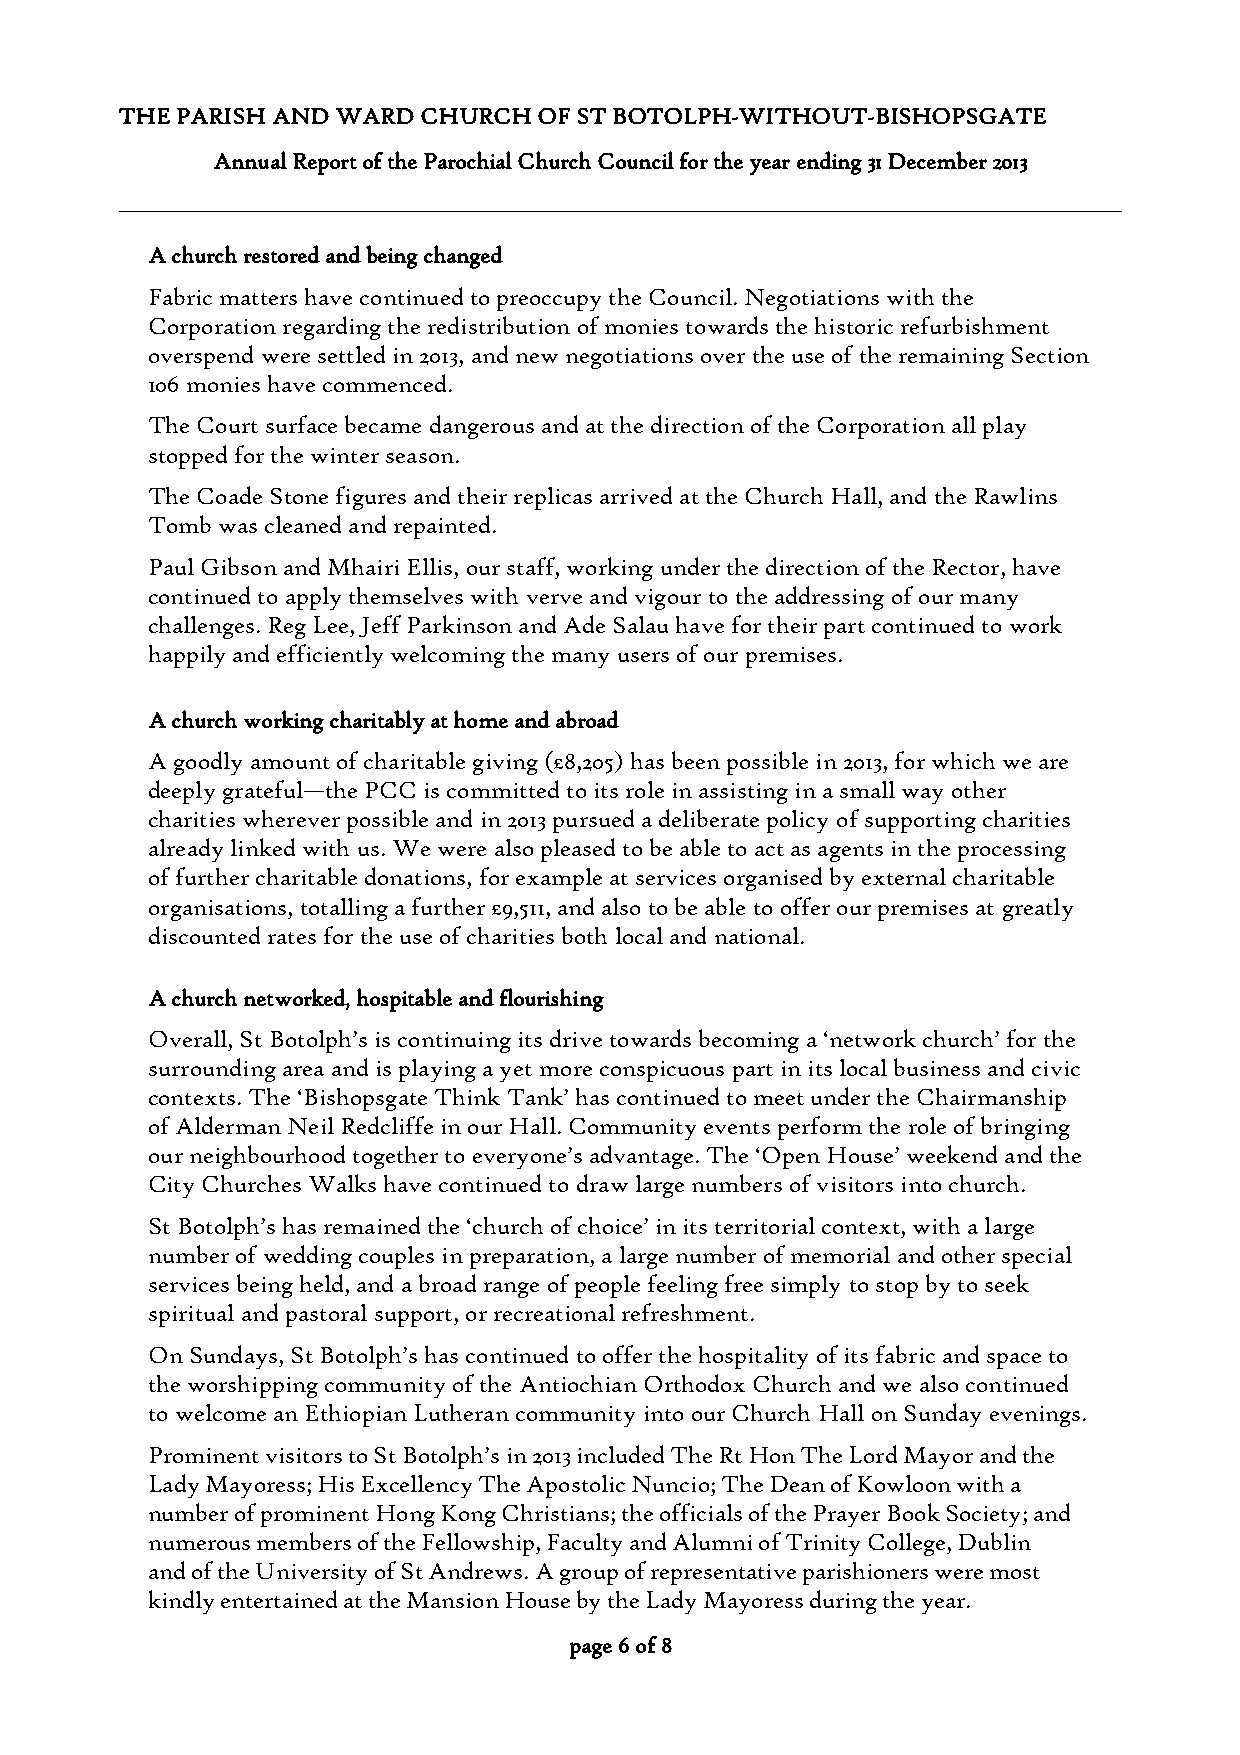
THE PARISH AND WARD CHURCH  OF ST BOTOLPH-WITHOUT-BISHOPSGATE
 Annual Report of the Parochial Church Council for the year ending 31 December 2013
 A church restored and being changed
 Fabric matters have continued to preoccupy the Council. Negotiations with the
 Corporation regarding the redistribution of monies towards the historic refurbishment
 overspend were settled in 2013, and new negotiations over the use of the remaining Section
 106 monies have commenced.
 The Court surface became dangerous and at the direction of the Corporation all play
 stopped for the winter season.
 The Coade Stone figures and their replicas arrived at the Church Hall, and the Rawlins
 Tomb was cleaned and repainted.
 Paul Gibson and Mhairi Ellis, our staff, working under the direction of the Rector, have
 continued to apply themselves with verve and vigour to the addressing of our many
 challenges. Reg Lee, Jeff Parkinson and Ade Salau have for their part continued to work
 happily and efficiently welcoming the many users of our premises.
 A church working charitably at home and abroad
 A goodly amount of charitable giving (£8,205) has been possible in 2013, for which we are
 deeply grateful—the PCC is committed to its role in assisting in a small way other
 charities wherever possible and in 2013 pursued a deliberate policy of supporting charities
 already linked with us. We were also pleased to be able to act as agents in the processing
 of further charitable donations, for example at services organised by external charitable
 organisations, totalling a further £9,511, and also to be able to offer our premises at greatly
 discounted rates for the use of charities both local and national.
 A church networked, hospitable and flourishing
 Overall, St Botolph’s is continuing its drive towards becoming a ‘network church’ for the
 surrounding area and is playing a yet more conspicuous part in its local business and civic
 contexts. The ‘Bishopsgate Think Tank’ has continued to meet under the Chairmanship
 of Alderman Neil Redcliffe in our Hall. Community events perform the role of bringing
 our neighbourhood together to everyone’s advantage. The ‘Open House’ weekend and the
 City Churches Walks have continued to draw large numbers of visitors into church.
 St Botolph’s has remained the ‘church of choice’ in its territorial context, with a large
 number of wedding couples in preparation, a large number of memorial and other special
 services being held, and a broad range of people feeling free simply to stop by to seek
 spiritual and pastoral support, or recreational refreshment.
 On Sundays, St Botolph’s has continued to offer the hospitality of its fabric and space to
 the worshipping community of the Antiochian Orthodox Church and we also continued
 to welcome an Ethiopian Lutheran community into our Church Hall on Sunday evenings.
 Prominent visitors to St Botolph’s in 2013 included The Rt Hon The Lord Mayor and the
 Lady Mayoress; His Excellency The Apostolic Nuncio; The Dean of Kowloon with a
 number of prominent Hong Kong Christians; the officials of the Prayer Book Society; and
 numerous members of the Fellowship, Faculty and Alumni of Trinity College, Dublin
 and of the University of St Andrews. A group of representative parishioners were most
 kindly entertained at the Mansion House by the Lady Mayoress during the year.
 page 6 of 8